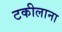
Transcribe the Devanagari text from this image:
टकीलाना